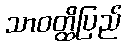
သာဝတ္ထိပြည်